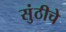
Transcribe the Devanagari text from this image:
सुंठीचे